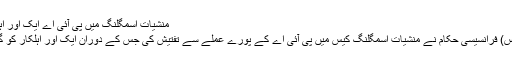
منشیات اسمگلنگ میں پی آئی اے ایک اور اہلکار گرفت میں
ایمزٹی وی(پیرس) فرانسیسی حکام نے منشیات اسمگلنگ کیس میں پی آئی اے کے پورے عملے سے تفتیش کی جس کے دوران ایک اور اہلکار کو گرفتار کرلیا گیا۔